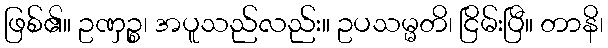
ဖြစ်၏။ ဥဏှဉ္စ၊ အပူသည်လည်း။ ဥပသမ္မတိ၊ ငြိမ်းပြီ။ တာနိ၊